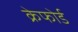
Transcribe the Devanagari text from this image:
क्रेफोर्ड